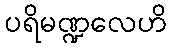
ပရိမဏ္ဍလေဟိ